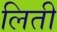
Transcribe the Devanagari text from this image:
लिती